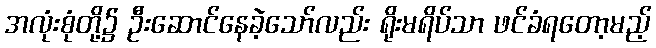
အလုံးစုံတို့၌ ဦးဆောင်နေခဲ့သော်လည်း ရိုးမရိပ်သာ ဖင်ခံရတော့မည့်